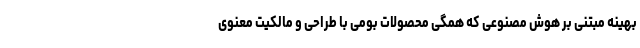
بهينه مبتنی بر هوش مصنوعی که همگی محصولات بومی با طراحی و مالكيت معنوی